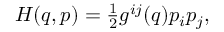
\begin{array} { r } { H ( q , p ) = \frac { 1 } { 2 } g ^ { i j } ( q ) p _ { i } p _ { j } , } \end{array}